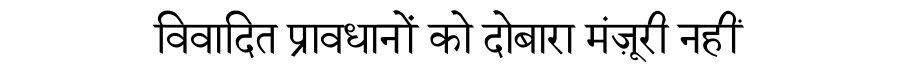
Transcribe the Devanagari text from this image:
विवादित प्रावधानों को दोबारा मंज़ूरी नहीं